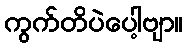
ကွက်တိပဲပေါ့ဗျာ။